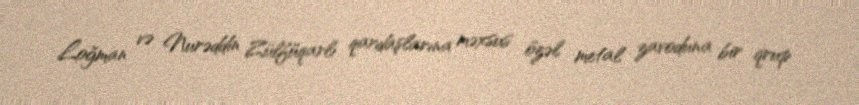
Loğman və Nurəddin Zülfüqarlı qardaşlarına məxsus özəl metal zavoduna bir qrup